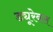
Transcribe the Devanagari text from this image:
ड्यूरेबल